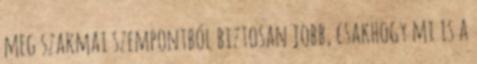
meg szakmai szempontból biztosan jobb, csakhogy mi is a